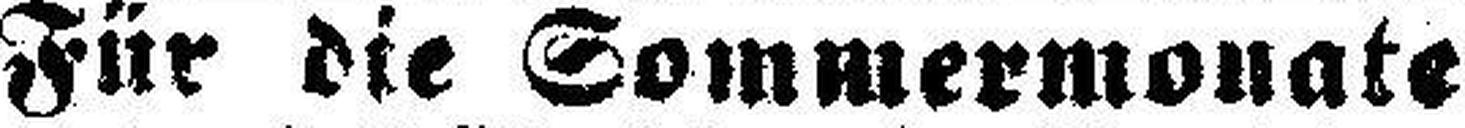
Für die Sommermonate